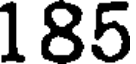
185